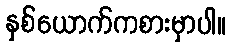
နှစ်ယောက်ကစားမှာပါ။